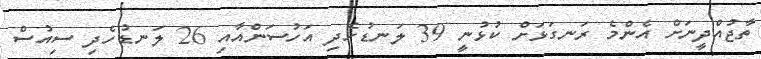
ތާޖުއްދީނަށް އެންމެ ރަނގަޅަށް ކުޅުނީ 39 ލަނޑުހެދި އަހުސަންއާއި 26 ލަނޑުހެދި ސިއުސް